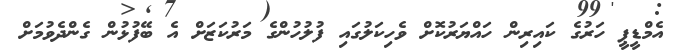
އެމްޑީޕީ ހަރުގެ ކައިރިން ހައްޔަރުކޮށް ވެހިކަލުގައި ފުލުހުންގެ މަރުކަޒަށް އެ ބޭފުޅުން ގެންދެވުމަށް